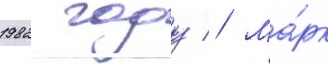
1982 году // Ма́рк